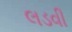
લડવી